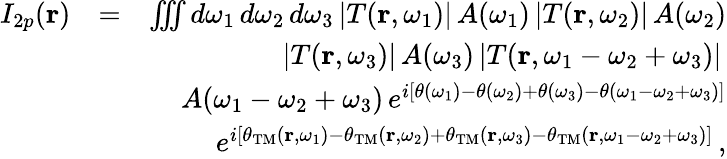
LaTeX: \begin{array}{rlr}{I_{2p}(\mathbf{r})}&{=}&{\iiint d\omega_{1}\, d\omega_{2}\, d\omega_{3}\, |T(\mathbf{r},\omega_{1})|\, A(\omega_{1})\, |T(\mathbf{r},\omega_{2})|\, A(\omega_{2})}\\ &{}&{|T(\mathbf{r},\omega_{3})|\, A(\omega_{3})\, |T(\mathbf{r},\omega_{1}-\omega_{2}+\omega_{3})|\, }\\ &{}&{A(\omega_{1}-\omega_{2}+\omega_{3})\, e^{i[\theta(\omega_{1})-\theta(\omega_{2})+\theta(\omega_{3})-\theta(\omega_{1}-\omega_{2}+\omega_{3})]}}\\ &{}&{e^{i[\theta_{\mathrm{TM}}(\mathbf{r},\omega_{1})-\theta_{\mathrm{TM}}(\mathbf{r},\omega_{2})+\theta_{\mathrm{TM}}(\mathbf{r},\omega_{3})-\theta_{\mathrm{TM}}(\mathbf{r},\omega_{1}-\omega_{2}+\omega_{3})]}\, ,}\end{array}